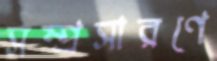
সম্প্রসারণে